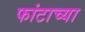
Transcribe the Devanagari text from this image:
फांटाच्या